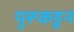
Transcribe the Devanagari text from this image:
पुरूकडून